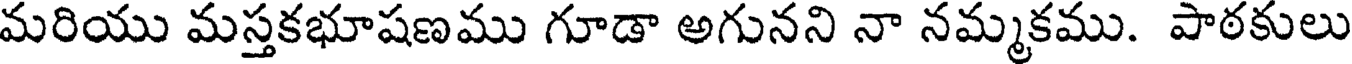
మరియు మస్తకభూషణము గూడా అగునని నా నమ్మకము. పాఠకులు